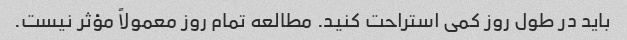
باید در طول روز کمی استراحت کنید. مطالعه تمام روز معمولاً مؤثر نیست.